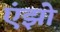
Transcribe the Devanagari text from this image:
एंझो